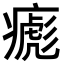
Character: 𤹼